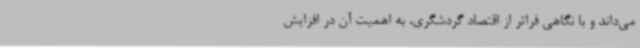
می‌داند و با نگاهی فراتر از اقتصاد گردشگری، به اهمیت آن در افزایش